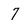
Character: 7